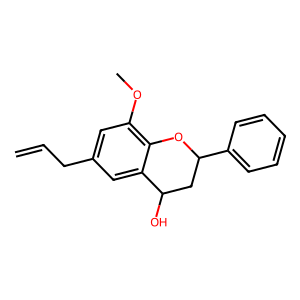
SMILES: C=CCc1cc(OC)c2c(c1)C(O)CC(c1ccccc1)O2
Inhibits HIV replication: No